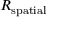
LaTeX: R _ { \mathrm { s p a t i a l } }